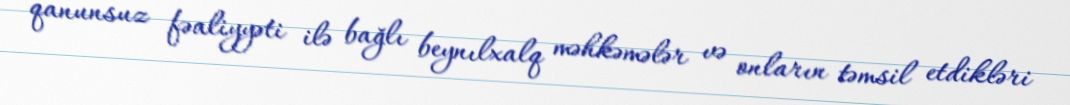
qanunsuz fəaliyyəti ilə bağlı beynılxalq məhkəmələr və onların təmsil etdikləri